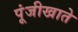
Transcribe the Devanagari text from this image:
पूंजीखाते